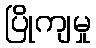
ပြိုကျမှု